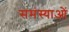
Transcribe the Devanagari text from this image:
समंस्याओं